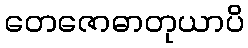
တေဇောဓာတုယာပိ